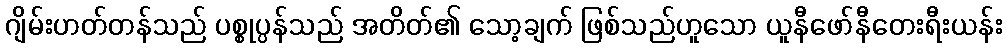
ဂျိမ်းဟတ်တန်သည် ပစ္စုပ္ပန်သည် အတိတ်၏ သော့ချက် ဖြစ်သည်ဟူသော ယူနီဖော်နီတေးရီးယန်း